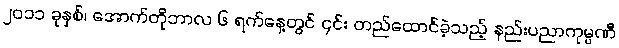
၂၀၁၁ ခုနှစ်၊ အောက်တိုဘာလ ၆ ရက်နေ့တွင် ၎င်း တည်ထောင်ခဲ့သည့် နည်းပညာကုမ္ပဏီ